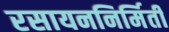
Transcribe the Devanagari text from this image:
रसायननिर्मिती